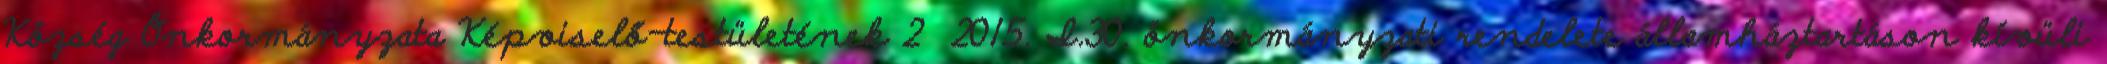
Község Önkormányzata Képviselő-testületének 2 2015. I.30. önkormányzati rendelete államháztartáson kívüli